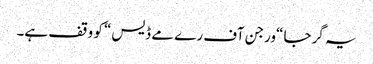
یہ گرجا “ورجن آف رے مے ڈیس“ کو وقف ہے۔